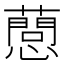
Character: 𢤘